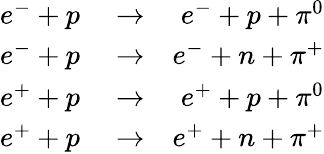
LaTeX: \begin{array}{rlr}{e^{-}+p}&{{}\rightarrow}&{e^{-}+p+\pi^{0}}\\ {e^{-}+p}&{{}\rightarrow}&{e^{-}+n+\pi^{+}}\\ {e^{+}+p}&{{}\rightarrow}&{e^{+}+p+\pi^{0}}\\ {e^{+}+p}&{{}\rightarrow}&{e^{+}+n+\pi^{+}}\end{array}